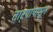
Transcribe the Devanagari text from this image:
तार्‍यापासून